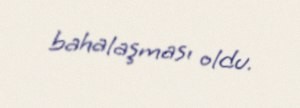
bahalaşması oldu.